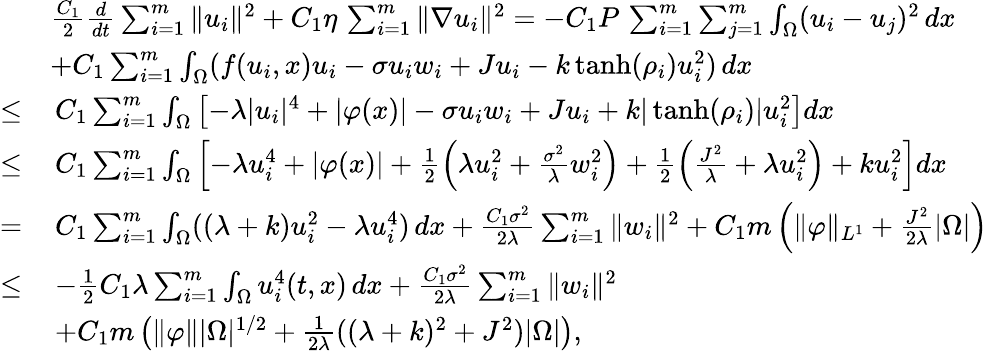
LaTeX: \begin{array}{rl}&{\frac{C_{1}}{2}\frac{d}{dt}\sum_{i=1}^{m}\| u_{i}\| ^{2}+C_{1}\eta\, \sum_{i=1}^{m}\| \nabla u_{i}\| ^{2}=-C_{1}P\, \sum_{i=1}^{m}\sum_{j=1}^{m}\int_{\Omega}(u_{i}-u_{j})^{2}\, dx}\\ &{+C_{1}\sum_{i=1}^{m}\int_{\Omega}(f(u_{i},x)u_{i}-\sigma u_{i}w_{i}+Ju_{i}-k\operatorname{tanh}(\rho_{i})u_{i}^{2})\, dx}\\ {\leq}&{\, C_{1}\sum_{i=1}^{m}\int_{\Omega}\left[-\lambda|u_{i}|^{4}+|\varphi(x)|-\sigma u_{i}w_{i}+Ju_{i}+k|\operatorname{tanh}(\rho_{i})|u_{i}^{2}\right]dx}\\ {\leq}&{\, C_{1}\sum_{i=1}^{m}\int_{\Omega}\left[-\lambda u_{i}^{4}+|\varphi(x)|+\frac{1}{2}\left(\lambda u_{i}^{2}+\frac{\sigma^{2}}{\lambda}w_{i}^{2}\right)+\frac{1}{2}\left(\frac{J^{2}}{\lambda}+\lambda u_{i}^{2}\right)+ku_{i}^{2}\right]dx}\\ {=}&{\, C_{1}\sum_{i=1}^{m}\int_{\Omega}((\lambda+k)u_{i}^{2}-\lambda u_{i}^{4})\, dx+\frac{C_{1}\sigma^{2}}{2\lambda}\sum_{i=1}^{m}\| w_{i}\| ^{2}+C_{1}m\left(\| \varphi\| _{L^{1}}+\frac{J^{2}}{2\lambda}|\Omega|\right)}\\ {\leq}&{\, -\frac{1}{2}C_{1}\lambda\sum_{i=1}^{m}\int_{\Omega}u_{i}^{4}(t,x)\, dx+\frac{C_{1}\sigma^{2}}{2\lambda}\sum_{i=1}^{m}\| w_{i}\| ^{2}}\\ &{\, +C_{1}m\left(\| \varphi\| |\Omega|^{1/2}+\frac{1}{2\lambda}((\lambda+k)^{2}+J^{2})|\Omega|\right),}\end{array}